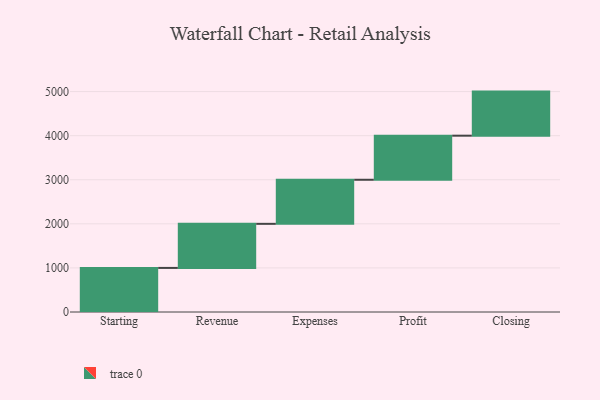
{"axis": {"x": "Step", "y": "Value"}, "legend": [""], "data": [{"x": "Starting", "y": 1000, "type": ""}, {"x": "Revenue", "y": 1000, "type": ""}, {"x": "Expenses", "y": 1000, "type": ""}, {"x": "Profit", "y": 1000, "type": ""}, {"x": "Closing", "y": 1000, "type": ""}]}